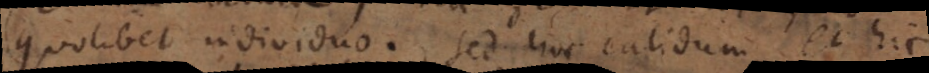
quolibet individuo. Sed hoc calidum, et hic